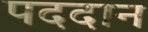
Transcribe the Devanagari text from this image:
पददान